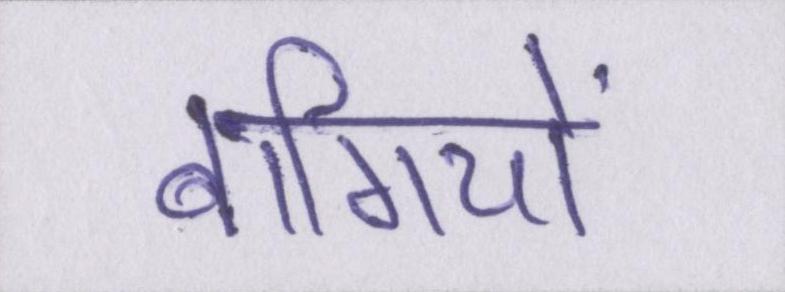
बागियों